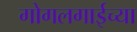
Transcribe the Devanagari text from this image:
गोगलगाईच्या